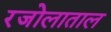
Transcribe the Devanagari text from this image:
रजोलाताल